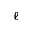
\ell